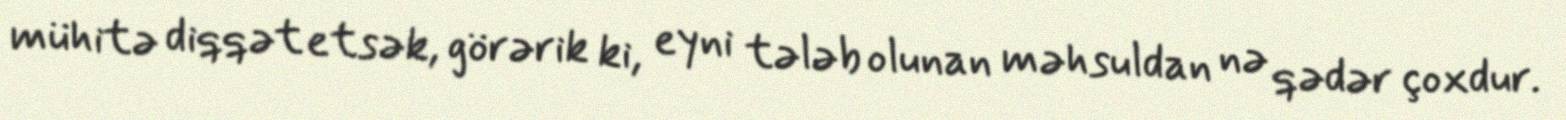
mühitə diqqət etsək, görərik ki, eyni tələb olunan məhsuldan nə qədər çoxdur.